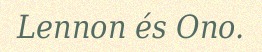
Lennon és Ono.